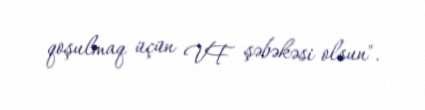
qoşulmaq üçün VF şəbəkəsi olsun".